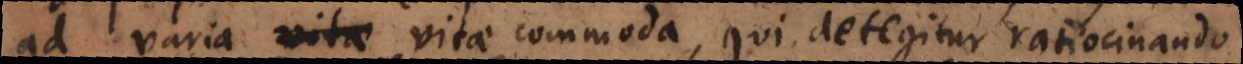
ad varia vitae commoda, qui detegitur ratiocinando